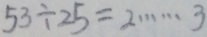
5 3 \div 2 5 = 2 \cdots 3